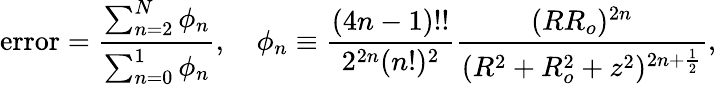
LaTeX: \mathrm{error}=\frac{\sum_{n=2}^{N}\phi_{n}}{\sum_{n=0}^{1}\phi_{n}},\quad\phi_{n}\equiv\frac{(4n-1)!!}{2^{2n}(n!)^{2}}\frac{(RR_{o})^{2n}}{(R^{2}+R_{o}^{2}+z^{2})^{2n+\frac{1}{2}}},